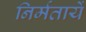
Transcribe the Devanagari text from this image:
निर्मतायें